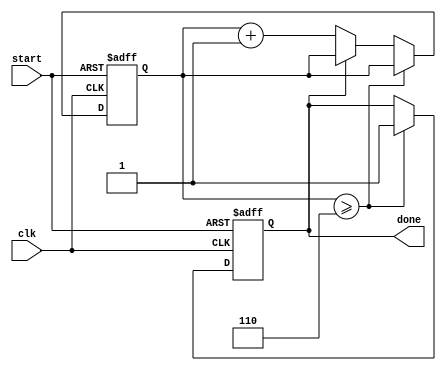
`timescale 1ns / 1ps

// SUHAS JAIN
// 19CS30048
// COA LAB TEST-2 (VERILOG)

module control_unit(clk, start, done);

    input clk, start;
    output reg done;

    reg [5:0] iter;
    reg carry;

    always @(posedge clk or posedge start) begin
        if(start == 1'b1) begin
            done <= 1'b0;
            iter <= 6'd0;
        end
        else if(iter >= 6'd6) 
            done <= 1'b1;
        else 
            if(done == 1'b0) 
                iter <= iter + 6'd1;
    end

endmodule